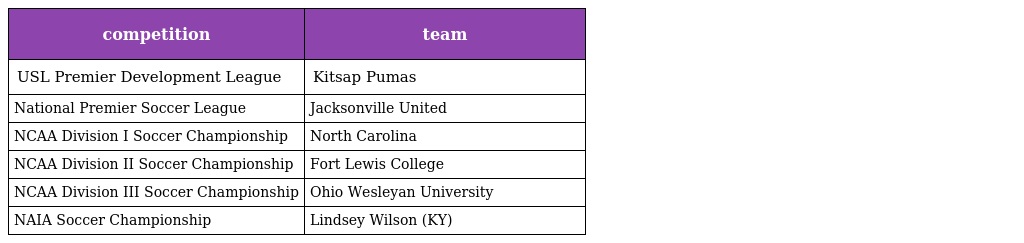
| competition | team |
 | --- | --- |
 | USL Premier Development League | Kitsap Pumas |
 | National Premier Soccer League | Jacksonville United |
 | NCAA Division I Soccer Championship | North Carolina |
 | NCAA Division II Soccer Championship | Fort Lewis College |
 | NCAA Division III Soccer Championship | Ohio Wesleyan University |
 | NAIA Soccer Championship | Lindsey Wilson (KY) |